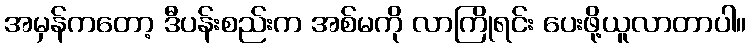
အမှန်ကတော့ ဒီပန်းစည်းက အစ်မကို လာကြိုရင်း ပေးဖို့ယူလာတာပါ။